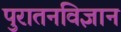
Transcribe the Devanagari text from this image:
पुरातनविज्ञान